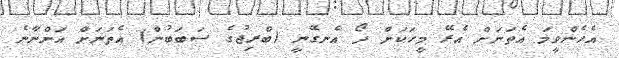
އެހެންވީމަ އެތަނަށް އެރޭ މީހަކަށް ދޯ އެނގޭނީ (ބްރިޖުގެ ސަބަބުން) އެތަނަށް އަންނާނެ